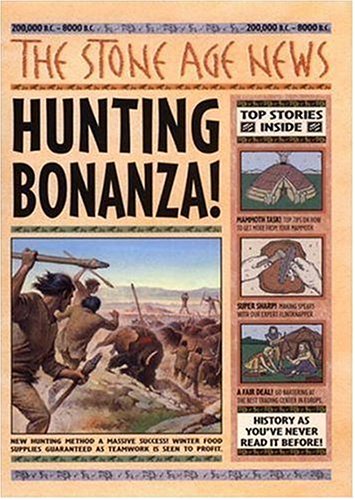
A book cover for History News: The Stone Age News; Fiona MacDonald; Children's Books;